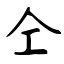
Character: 仝